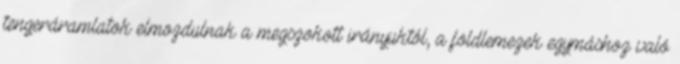
tengeráramlatok elmozdulnak a megszokott irányuktól, a földlemezek egymáshoz való